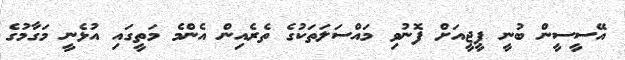
އޭސީސީން ބުނީ ޕީޖީއަށް ފޮނުވި މައްސަލަތަކުގެ ތެރެއިން އެންމެ މަތީގައި އުޅެނީ މަގާމުގެ